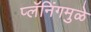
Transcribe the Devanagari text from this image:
प्लॅनिंगमुळे